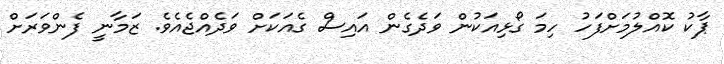
ޕާކު ކޮއްލުމަށްފަހު ހިމަ ގޯޅިއަކުން ވަދެގެން އައިސް ގެއަކަށް ވަދެއްޖެއެވެ. ޒަމާނީ ފެންވަރަށް